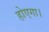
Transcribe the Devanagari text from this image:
होएगा।